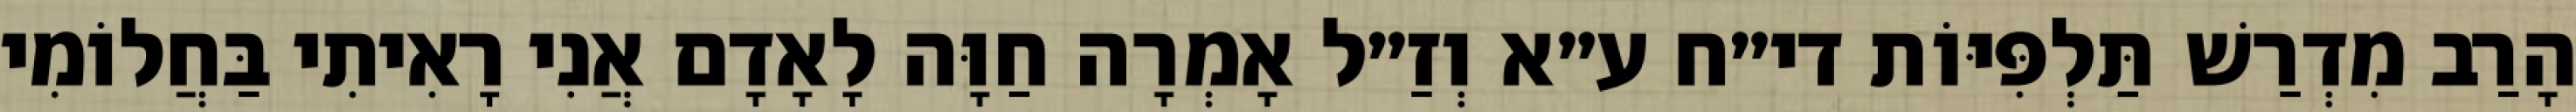
הָרַב מִדְרַשׁ תַּלְפִּיּוֹת די״ח ע״א וְזַ״ל אָמְרָה חַוָּה לָאָדָם אֲנִי רָאִיתִי בַּחֲלוֹמִי